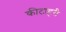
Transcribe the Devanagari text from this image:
कीटाहरी